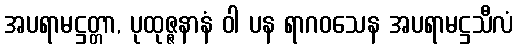
အပရာမဋ္ဌတ္တာ, ပုထုဇ္ဇနာနံ ဝါ ပန ရာဂဝသေန အပရာမဋ္ဌသီလံ